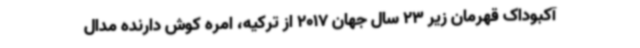
آکبوداک قهرمان زیر 23 سال جهان 2017 از ترکیه، امره کوش دارنده مدال